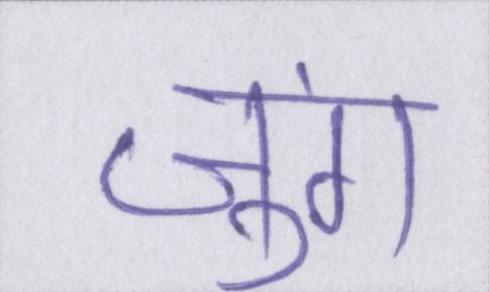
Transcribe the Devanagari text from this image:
जुंग